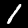
Label: 1